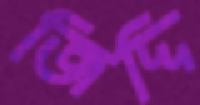
জিদ্দি